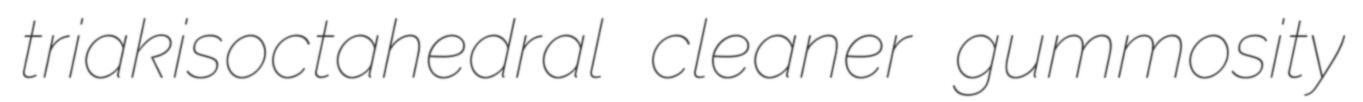
triakisoctahedral cleaner gummosity